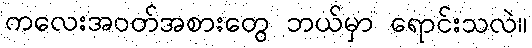
ကလေးအဝတ်အစားတွေ ဘယ်မှာ ရောင်းသလဲ။